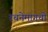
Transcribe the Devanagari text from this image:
रचनेमागची